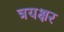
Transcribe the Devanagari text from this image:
त्रयक्षर